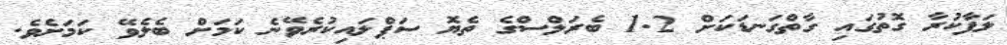
ލަފާކުރާ ގޮތުގައި ގާތްގަނޑަކަށް 1.2 ބެރަލްސްގެ ތެޔޮ ސަޕްލައިކުރެވޭނެ ކަމަށް ބެލެވޭ ކަމަށެވެ.